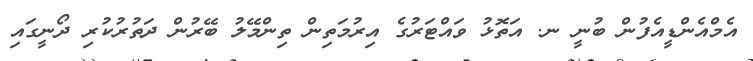
އެމްއެންޑީއެފުން ބުނީ ނ. އަތޮޅު ވައްޓަރުގެ އިރުމަތިން ތިންމޭލު ބޭރުން ދަތުރުކުރި ދޯނީގައި